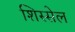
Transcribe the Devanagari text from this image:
शिस्सेल